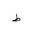
Letter: _da